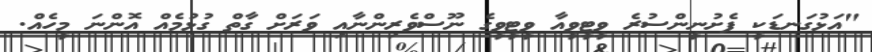
"އަޅުގަނޑަކީ ފެށުނީންސުރެ ވީޓީވީއާ ވީޓީވީގެ ނޫސްވެރިންނާއި ވަރަށް ގާތް ގުޅުމެއް އޮންނަ މީހެއް.